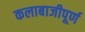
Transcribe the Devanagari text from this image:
कलाबाजीपूर्ण